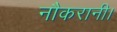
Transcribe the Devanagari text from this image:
नौकरानी।